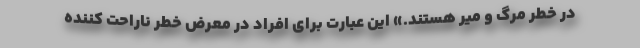
در خطر مرگ و میر هستند.» این عبارت برای افراد در معرض خطر ناراحت کننده